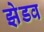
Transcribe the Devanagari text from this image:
झेडव